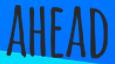
AHEAD